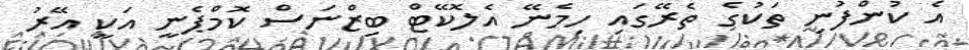
އެ ކުންފުނި ތަކުގެ ތެރޭގައި ހިމެނޭ އެލޮކޭޓް ބިޒްނަސް ކޮމްޕެނީ އަކީ އޭރު